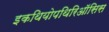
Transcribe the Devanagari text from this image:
इकथियोपथिरिऑसिस